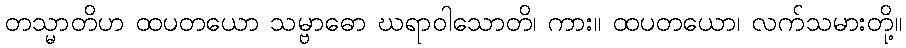
တသ္မာတိဟ ထပတယော သမ္ဗာဓော ဃရာဝါသောတိ၊ ကား။ ထပတယော၊ လက်သမားတို့။